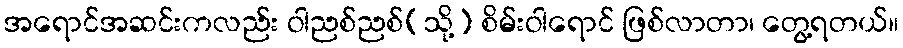
အရောင်အဆင်းကလည်း ဝါညစ်ညစ်(သို့) စိမ်းဝါရောင် ဖြစ်လာတာ၊ တွေ့ရတယ်။